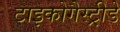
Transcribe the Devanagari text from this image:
टाइकोगैस्ट्रीडे